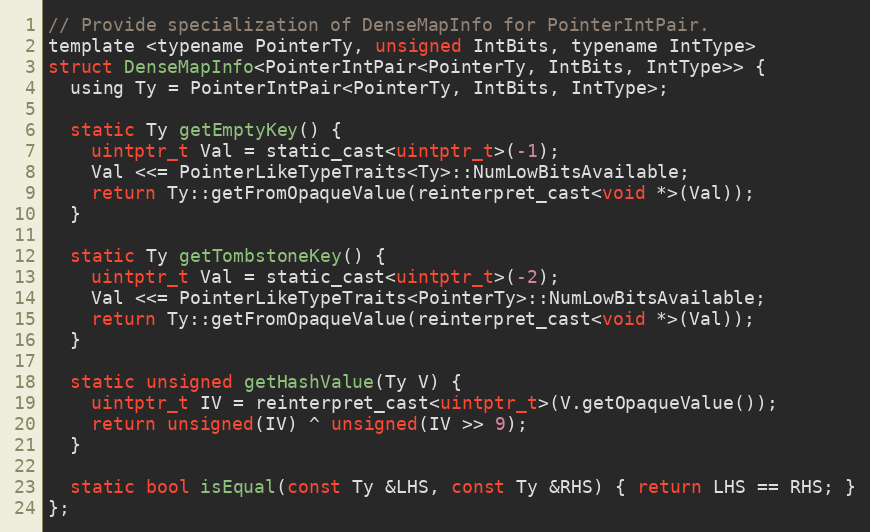
Language: C
// Provide specialization of DenseMapInfo for PointerIntPair.
template <typename PointerTy, unsigned IntBits, typename IntType>
struct DenseMapInfo<PointerIntPair<PointerTy, IntBits, IntType>> {
  using Ty = PointerIntPair<PointerTy, IntBits, IntType>;

  static Ty getEmptyKey() {
    uintptr_t Val = static_cast<uintptr_t>(-1);
    Val <<= PointerLikeTypeTraits<Ty>::NumLowBitsAvailable;
    return Ty::getFromOpaqueValue(reinterpret_cast<void *>(Val));
  }

  static Ty getTombstoneKey() {
    uintptr_t Val = static_cast<uintptr_t>(-2);
    Val <<= PointerLikeTypeTraits<PointerTy>::NumLowBitsAvailable;
    return Ty::getFromOpaqueValue(reinterpret_cast<void *>(Val));
  }

  static unsigned getHashValue(Ty V) {
    uintptr_t IV = reinterpret_cast<uintptr_t>(V.getOpaqueValue());
    return unsigned(IV) ^ unsigned(IV >> 9);
  }

  static bool isEqual(const Ty &LHS, const Ty &RHS) { return LHS == RHS; }
};